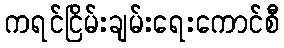
ကရင်ငြိမ်းချမ်းရေးကောင်စီ